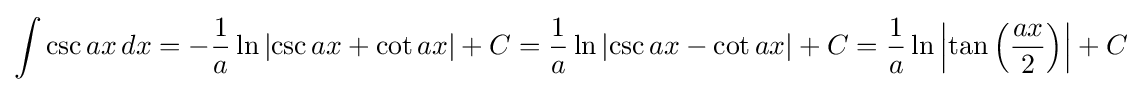
\int \csc {ax}\,dx=-{\frac {1}{a}}\ln {\left|\csc {ax}+\cot {ax}\right|}+C={\frac {1}{a}}\ln {\left|\csc {ax}-\cot {ax}\right|}+C={\frac {1}{a}}\ln {\left|\tan {\left({\frac {ax}{2}}\right)}\right|}+C